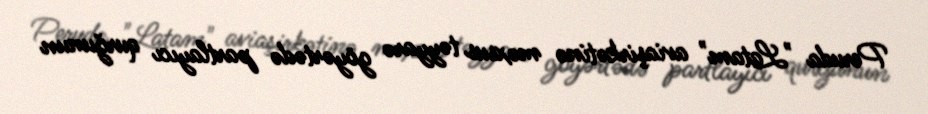
Peruda "Latam" aviaşirkətinə məxsus təyyarə göyərtədə partlayıcı qurğunun